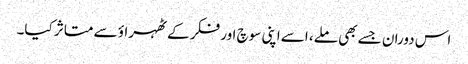
اس دوران جسے بھی ملے، اسے اپنی سوچ اور فکر کے ٹھہراؤ سے متاثر کیا۔